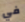
في